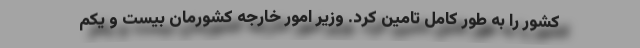
کشور را به طور کامل تامین کرد. وزیر امور خارجه کشورمان بیست و یکم